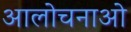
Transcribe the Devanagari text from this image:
आलोचनाओ